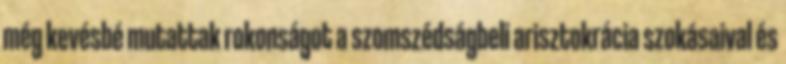
még kevésbé mutattak rokonságot a szomszédságbeli arisztokrácia szokásaival és